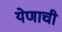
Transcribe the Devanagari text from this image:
येणाची